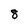
Character: 8